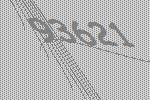
93621